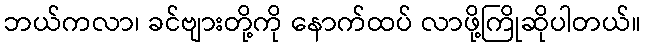
ဘယ်ကလာ၊ ခင်ဗျားတို့ကို နောက်ထပ် လာဖို့ကြိုဆိုပါတယ်။